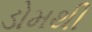
ડોમથી